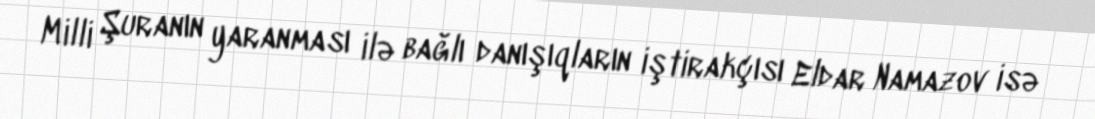
Milli Şuranın yaranması ilə bağlı danışıqların iştirakçısı Eldar Namazov isə